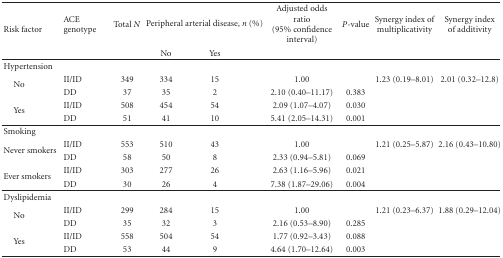
| <ROWSPAN=2> Risk factor | ACE genotype | Total N | <COLSPAN=2> Peripheral arterial disease, n (%) | Adjusted odds ratio (95% confidence interval) | P-value | Synergy index of multiplicativity | Synergy index of additivity |
 |  |  | No | Yes |  |  |  |  |
 | --- | --- | --- | --- | --- | --- | --- | --- | --- |
 | Hypertension |  |  |  |  |  |  |  |  |
 | <ROWSPAN=2> No | II/ID | 349 | 334 | 15 | 1.00 |  | 1.23 (0.19–8.01) | 2.01 (0.32–12.8) |
 | DD | 37 | 35 | 2 | 2.10 (0.40–11.17) | 0.383 |  |  |
 | <ROWSPAN=2> Yes | II/ID | 508 | 454 | 54 | 2.09 (1.07–4.07) | 0.030 |  |  |
 | DD | 51 | 41 | 10 | 5.41 (2.05–14.31) | 0.001 |  |  |
 | Smoking |  |  |  |  |  |  |  |  |
 | <ROWSPAN=2> Never smokers | II/ID | 553 | 510 | 43 | 1.00 |  | 1.21 (0.25–5.87) | 2.16 (0.43–10.80) |
 | DD | 58 | 50 | 8 | 2.33 (0.94–5.81) | 0.069 |  |  |
 | <ROWSPAN=2> Ever smokers | II/ID | 303 | 277 | 26 | 2.63 (1.16–5.96) | 0.021 |  |  |
 | DD | 30 | 26 | 4 | 7.38 (1.87–29.06) | 0.004 |  |  |
 | Dyslipidemia |  |  |  |  |  |  |  |  |
 | <ROWSPAN=2> No | II/ID | 299 | 284 | 15 | 1.00 |  | 1.21 (0.23–6.37) | 1.88 (0.29–12.04) |
 | DD | 35 | 32 | 3 | 2.16 (0.53–8.90) | 0.285 |  |  |
 | <ROWSPAN=2> Yes | II/ID | 558 | 504 | 54 | 1.77 (0.92–3.43) | 0.088 |  |  |
 | DD | 53 | 44 | 9 | 4.64 (1.70–12.64) | 0.003 |  |  |